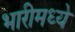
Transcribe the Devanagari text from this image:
भारीमध्ये